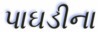
પાઘડીના